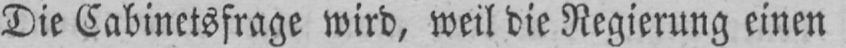
Die Cabinetsfrage wird, weil die Regierung einen